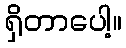
ရှိတာပေါ့။